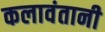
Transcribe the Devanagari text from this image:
कलावंतानी